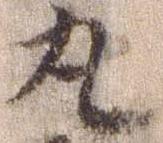
丸